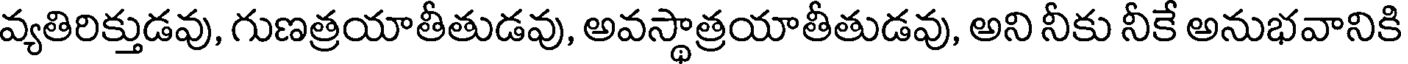
వ్యతిరిక్తుడవు, గుణత్రయాతీతుడవు, అవస్థాత్రయాతీతుడవు, అని నీకు నీకే అనుభవానికి